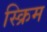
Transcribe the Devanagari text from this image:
स्क्रिम